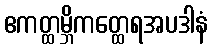
ဧကတ္ထမ္ဘိကတ္ထေရအပဒါနံ